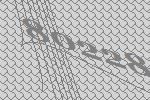
80228